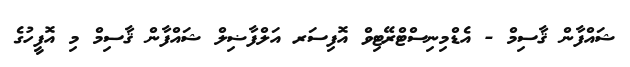
ޝައްފާން ޤާސިމް - އެޑްމިނިސްޓްރޭޓިވް އޮފިސަރ އަލްފާޟިލް ޝައްފާން ޤާސިމް މި އޮފީހުގެ